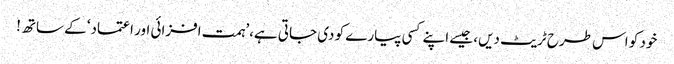
خود کو اس طرح ٹریٹ دیں، جیسے اپنے کسی پیارے کو دی جاتی ہے،’ہمت افزائی اور اعتماد‘ کے ساتھ!